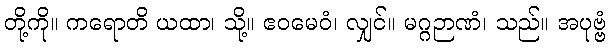
တို့ကို။ ကရောတိ ယထာ၊ သို့။ ဧဝမေဝံ၊ လျှင်။ မဂ္ဂဉာဏံ၊ သည်။ အပုဗ္ဗံ